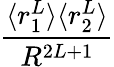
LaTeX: \frac{\langle r_{1}^{L}\rangle\langle r_{2}^{L}\rangle}{R^{2L+1}}